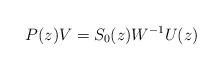
LaTeX: \begin{align*}P(z)V=S_0(z)W^{-1}U(z)\end{align*}